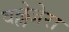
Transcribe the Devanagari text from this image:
वल्लेजेरा